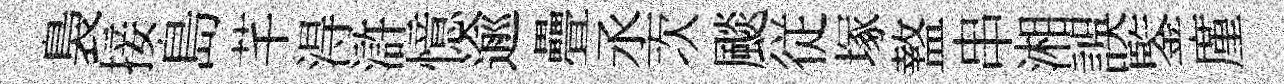
裊接島芊淂滸憶逾疊丞次颷従塚盩串湘誤鍳廑